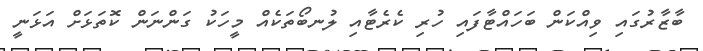
ބާޒާރުގައި ވިއްކަން ބަހައްޓާފައި ހުރި ކެރެޓާއި ލުނބޯތަކެއް މީހަކު ގަންނަން ކޮތަޅަށް އަޅަނީ